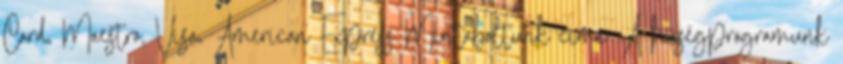
Card, Maestro, Visa, American Express Mintaboltunk címe: A hűségprogramunk